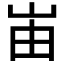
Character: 峀